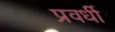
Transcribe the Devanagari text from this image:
प्रवर्धी